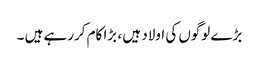
بڑے لوگوں کی اولاد ہیں ، بڑا کام کررہے ہیں ۔